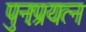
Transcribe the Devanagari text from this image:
पुनःप्रयत्न